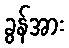
ခွန်အား